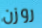
روزن